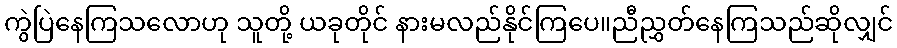
ကွဲပြဲနေကြသလောဟု သူတို့ ယခုတိုင် နားမလည်နိုင်ကြပေ။ညီညွှတ်နေကြသည်ဆိုလျှင်